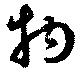
拘